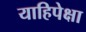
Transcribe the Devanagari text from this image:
याहिपेक्षा